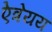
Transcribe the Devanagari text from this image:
ऐत्रेयय